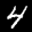
Label: 4